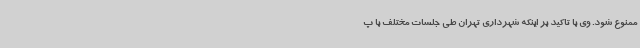
ممنوع شود. وی با تاکید بر اینکه شهرداری تهران طی جلسات مختلف با پ